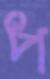
প